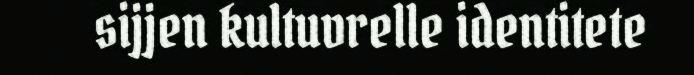
sijjen kultuvrelle identitete